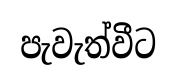
පැවැත්වීට